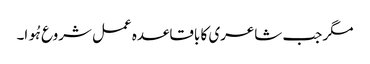
مگر جب شاعری کا باقاعدہ عمل شروع ہُوا۔